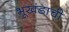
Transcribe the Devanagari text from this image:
भूखंडाची